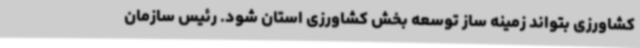
کشاورزی بتواند زمینه ساز توسعه بخش کشاورزی استان شود. رئیس سازمان